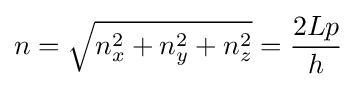
n={\sqrt {n_{x}^{2}+n_{y}^{2}+n_{z}^{2}}}={\frac {2Lp}{h}}